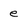
Character: e